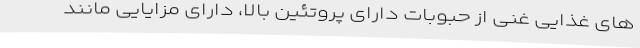
های غذایی غنی از حبوباتِ دارای پروتئین بالا، دارای مزایایی مانند